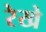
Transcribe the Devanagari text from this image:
रेखे